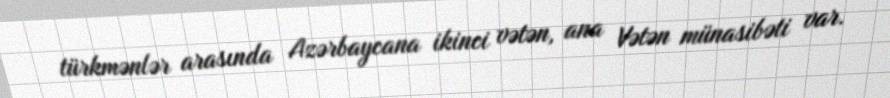
türkmənlər arasında Azərbaycana ikinci vətən, ana Vətən münasibəti var.